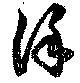
徐